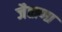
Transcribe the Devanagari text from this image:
जैताणा